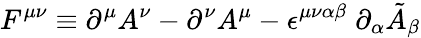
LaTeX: F^{\mu\nu}\equiv\partial^{\mu}A^{\nu}-\partial^{\nu}A^{\mu}-\epsilon^{\mu\nu\alpha\beta}\; \partial_{\alpha}\tilde{A}_{\beta}